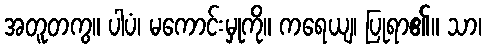
အတူတကွ။ ပါပံ၊ မကောင်းမှုကို။ ကရေယျ၊ ပြုရာ၏။ သာ၊